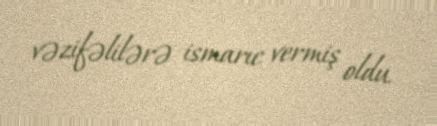
vəzifəlilərə ismarıc vermiş oldu.